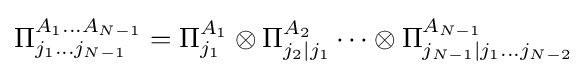
\Pi _{j_{1}\dots j_{N-1}}^{A_{1}\dots A_{N-1}}=\Pi _{j_{1}}^{A_{1}}\otimes \Pi _{j_{2}|j_{1}}^{A_{2}}\dots \otimes \Pi _{j_{N-1}|j_{1}\dots j_{N-2}}^{A_{N-1}}